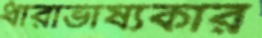
ধারাভাষ্যকার